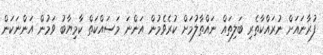
ފުރާނައަށް ނުރައްކާތެރި ބަލިތައް ނައްތާލުމަށް ކުރެވެމުން އަންނަ މަސައްކަތް ކާމިޔާބު ވަމުން އަންނަކަން